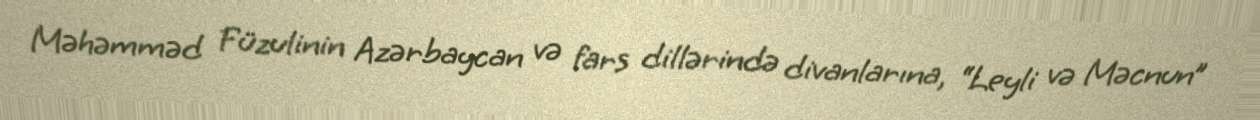
Məhəmməd Füzulinin Azərbaycan və fars dillərində divanlarına, “Leyli və Məcnun”